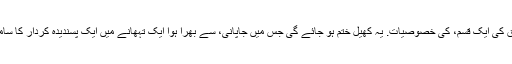
یہ "Naruto" کی بھی شامل ہے مذاق کی ایک قسم، کی خصوصیات. یہ کھیل ختم ہو جائے گی جس میں جاپانی، سے بھرا ہوا ایک تہھانے میں ایک پسندیدہ کردار کا سامنا کرنا پڑا. اس کام کے ساتھ نمٹنے؟